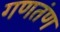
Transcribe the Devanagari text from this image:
गणतंण